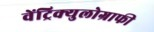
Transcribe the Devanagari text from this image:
वेंट्रिक्युलोग्राफी